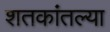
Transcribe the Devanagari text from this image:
शतकांतल्या